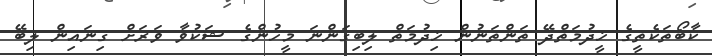
ކާބޯތަކެތީގެ ޚީދުމަތްދޭ ތަންތަނުން ޚިދުމަތް ލިބިގަންނަ މީހުންގެ ޝަކުވާ ވަރަށް ގިނައިން ލިބޭ